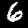
Digit: 6